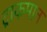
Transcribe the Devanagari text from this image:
द्राकमान